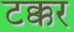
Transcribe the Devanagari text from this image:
टक्कर